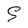
Character: S